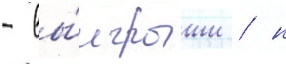
- вы́игрыши / н